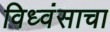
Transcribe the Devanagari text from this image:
विध्वंसाचा